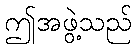
ဤအဖွဲ့သည်